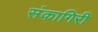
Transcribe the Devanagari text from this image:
संकागिरी